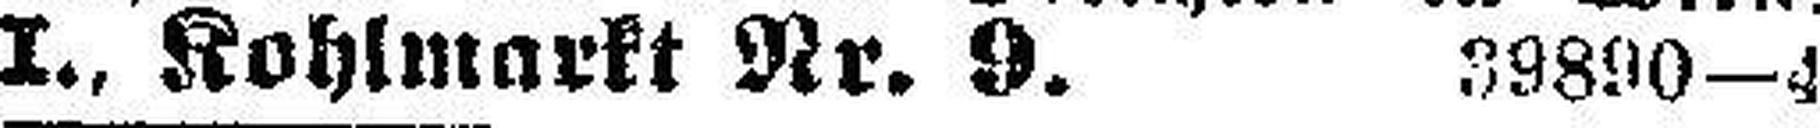
I., Kohlmarkt Nr. 9. 39890—4